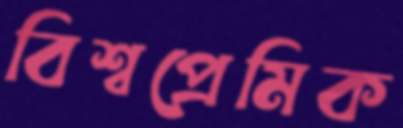
বিশ্বপ্রেমিক